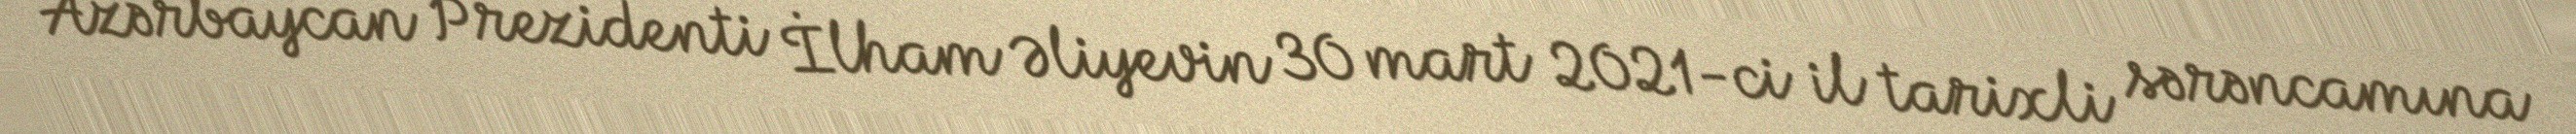
Azərbaycan Prezidenti İlham Əliyevin 30 mart 2021-ci il tarixli sərəncamına